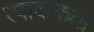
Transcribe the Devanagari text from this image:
त्पादाकता